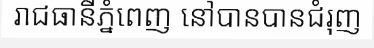
រាជធានីភ្នំពេញ នៅបានបានជំរុញ